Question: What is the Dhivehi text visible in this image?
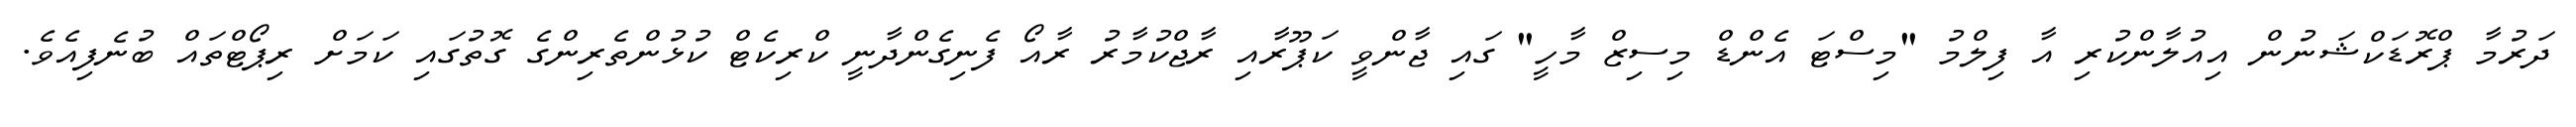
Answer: ދަރުމާ ޕްރޮޑަކްޝަނުން އިއުލާންކުރި އާ ފިލްމު "މިސްޓަ އެންޑް މިސިޒް މާހީ" ގައި ޖާންވީ ކަޕޫރާއި ރާޖްކުމާރު ރާއޯ ފެނިގެންދާނީ ކްރިކެޓް ކުޅުންތެރިންގެ ގޮތުގައި ކަމަށް ރިޕޯޓްތައް ބުނެފިއެވެ.